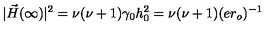
| \vec { H } ( \infty ) | ^ { 2 } = \nu ( \nu + 1 ) \gamma _ { 0 } h _ { 0 } ^ { 2 } = \nu ( \nu + 1 ) ( e r _ { o } ) ^ { - 1 }